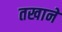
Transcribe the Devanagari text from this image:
तखाने